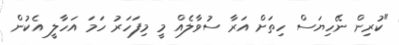
"ކުރިން ނޭހިޔަސް ހިތަށް އަރާ ސުވާލެއް މީ މިފަހަރު ހަމަ އަހާލީ އެކުން